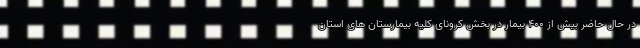
در حال حاضر بیش از ۴۰۰ بیمار در بخش کرونای کلیه بیمارستان های استان